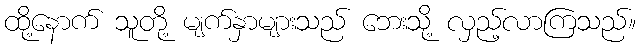
ထို့နောက် သူတို့ မျက်နှာများသည် ဘေးသို့ လှည့်လာကြသည်။